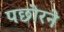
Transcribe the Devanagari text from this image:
पछोरने